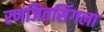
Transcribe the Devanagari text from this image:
रणजितसिंगला